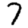
Digit: 7